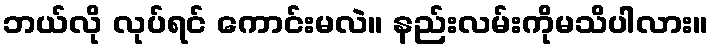
ဘယ်လို လုပ်ရင် ကောင်းမလဲ။ နည်းလမ်းကိုမသိပါလား။